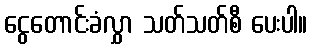
ငွေတောင်းခံလွှာ သတ်သတ်စီ ပေးပါ။